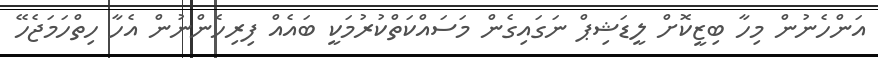
އަންހެނުން މިހާ ބިޒީކޮށް ލީޑަޝިޕް ނަގައިގެން މަސައްކަތްކުރުމަކީ ބައެއް ފިރިހެންނުން އެހާ ހިތްހަމަޖެހޭ